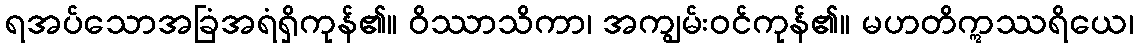
ရအပ်သောအခြံအရံရှိကုန်၏။ ဝိဿာသိကာ၊ အကျွမ်းဝင်ကုန်၏။ မဟတိဣဿရိယေ၊